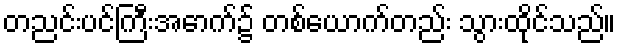
တညင်းပင်ကြီးအောက်၌ တစ်ယောက်တည်း သွားထိုင်သည်။